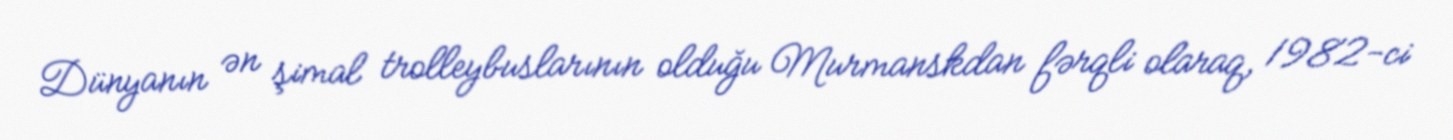
Dünyanın ən şimal trolleybuslarının olduğu Murmanskdan fərqli olaraq, 1982-ci